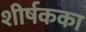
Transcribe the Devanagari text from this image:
शीर्षकका